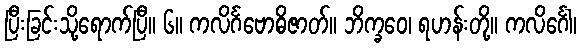
ပြီးခြင်းသို့ရောက်ပြီ။ ၆။ ကလိင်္ဂဗောဓိဇာတ်။ ဘိက္ခဝေ၊ ရဟန်းတို့။ ကလိင်္ဂေါ၊